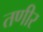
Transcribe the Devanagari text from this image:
तणीर